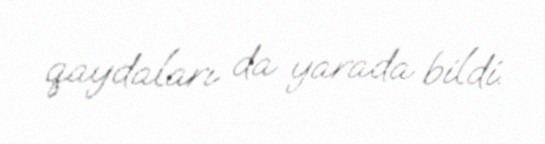
qaydaları da yarada bildi.